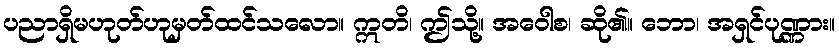
ပညာရှိမဟုတ်ဟုမှတ်ထင်သလော။ ဣတိ၊ ဤသို့။ အဝေါစ၊ ဆို၏။ ဘော၊ အရှင်ပုဏ္ဏား။